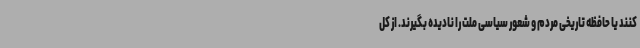
کنند یا حافظه تاریخی مردم و شعور سیاسی ملت را نادیده بگیرند. از کل